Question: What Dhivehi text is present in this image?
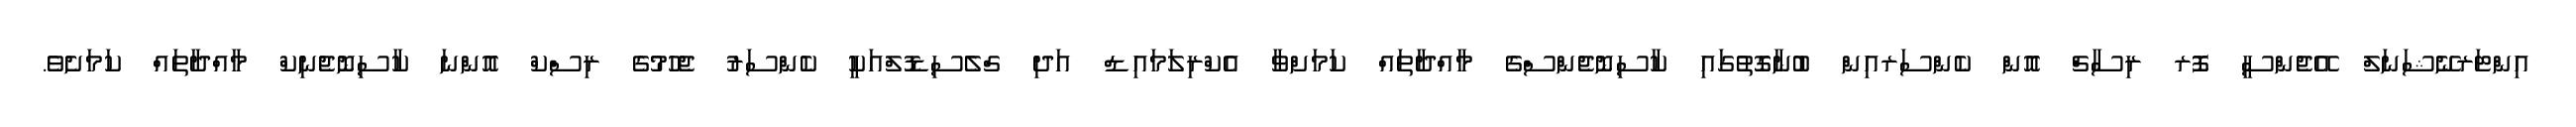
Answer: އިންޓަރނޭޝަނަލް އޭޖެންސީ ފޮރ ރިސާޗް އޮން ކެންސަރއިން ބުނާގޮތުގައި ކާސިނޮޖެންސްގެ މާއްދާތައް ކަމަށްވާ އެކްރިލަމައިޑް އަދި ގްލެސިޑޮލްއަކީ ކެންސަރު ޖެހުމުގެ ރިސްކް އޮންނަ ކާސިނޮޖެނިކް މާއްދާތައް ކަމަށެވެ.